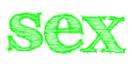
sex